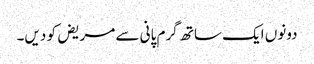
دونوں ایک ساتھ گرم پانی سے مریض کو دیں۔